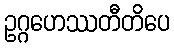
ဥဂ္ဂဟေဿတီတိပေ